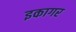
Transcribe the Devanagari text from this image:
इकागर